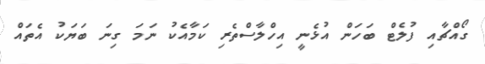
ގޯއްޗާއި ފުލެޓް ބަހަން އުޅެނީ އިހްލާސްތެރި ކަމާއެކު ނަމަ ގިނަ ބަޔަކު އެތައް